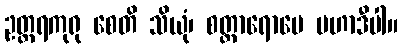
ဥတ္တရကုရု စေတိ သိယုံ၊ စတ္တာရောမေ မဟာဒီပါ။